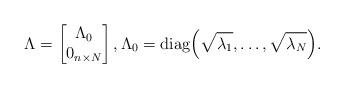
LaTeX: \begin{align*} \Lambda = \begin{bmatrix} \Lambda_{0}\\ 0_{n\times N} \end{bmatrix} , \Lambda_{0}=\mathrm{diag}\Big(\sqrt{\lambda_{1}}, \ldots, \sqrt{\lambda_{N}}\Big). \end{align*}